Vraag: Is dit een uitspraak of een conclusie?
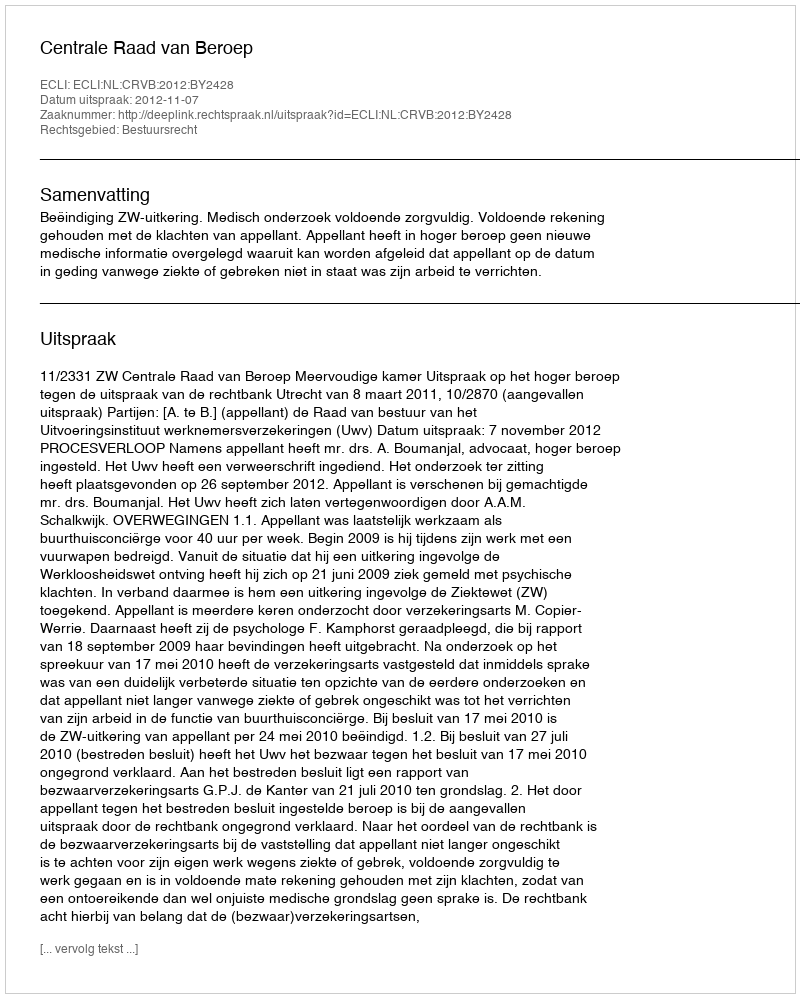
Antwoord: Uitspraak